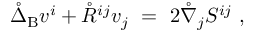
\mathring { \Delta } _ { \mathrm { B } } v ^ { i } + \mathring { R } ^ { i j } v _ { j } \ = \ 2 \mathring { \nabla } _ { j } S ^ { i j } ~ ,